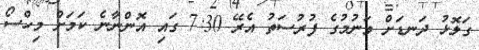
ގަލޮޅު ދަނޑަށް ވަނުމުގެ ފުރުސަތު އެރޭ 7:30 ގައި އޮންނާނެ ކަމަށް މިހްސޯ